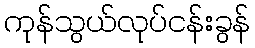
ကုန်သွယ်လုပ်ငန်းခွန်